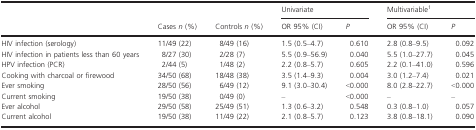
<table><thead><tr><td></td><td rowspan="2"><b>Cases <i>n</i> (%)</b></td><td rowspan="2"><b>Controls <i>n</i> (%)</b></td><td colspan="2"><b>Univariate</b></td><td colspan="2"><b>Multivariable1</b></td></tr><tr><td></td><td><b>OR 95% (CI)</b></td><td><b><i>P</i></b></td><td><b>OR 95% (CI)</b></td><td><b><i>P</i></b></td></tr></thead><tbody><tr><td>HIV infection (serology)</td><td>11/49 (22)</td><td>8/49 (16)</td><td>1.5 (0.5–4.7)</td><td>0.610</td><td>2.8 (0.8–9.5)</td><td>0.092</td></tr><tr><td>HIV infection in patients less than 60 years</td><td>8/27 (30)</td><td>2/28 (7)</td><td>5.5 (0.9–56.9)</td><td>0.040</td><td>5.5 (1.0–27.7)</td><td>0.045</td></tr><tr><td>HPV infection (PCR)</td><td>2/44 (5)</td><td>1/48 (2)</td><td>2.2 (0.8–5.7)</td><td>0.605</td><td>2.2 (0.1–41.0)</td><td>0.596</td></tr><tr><td>Cooking with charcoal or firewood</td><td>34/50 (68)</td><td>18/48 (38)</td><td>3.5 (1.4–9.3)</td><td>0.004</td><td>3.0 (1.2–7.4)</td><td>0.021</td></tr><tr><td>Ever smoking</td><td>28/50 (56)</td><td>6/49 (12)</td><td>9.1 (3.0–30.4)</td><td>&lt;0.000</td><td>8.0 (2.8–22.7)</td><td>&lt;0.000</td></tr><tr><td>Current smoking</td><td>19/50 (38)</td><td>0/49 (0)</td><td>–</td><td>&lt;0.000</td><td>–</td><td>–</td></tr><tr><td>Ever alcohol</td><td>29/50 (58)</td><td>25/49 (51)</td><td>1.3 (0.6–3.2)</td><td>0.548</td><td>0.3 (0.8–1.0)</td><td>0.057</td></tr><tr><td>Current alcohol</td><td>19/50 (38)</td><td>11/49 (22)</td><td>2.1 (0.8–5.7)</td><td>0.123</td><td>3.8 (0.8–18.1)</td><td>0.090</td></tr></tbody></table>